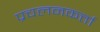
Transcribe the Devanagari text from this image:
प्रचलनकर्त्ता